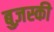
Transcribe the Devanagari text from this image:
बुज़स्की